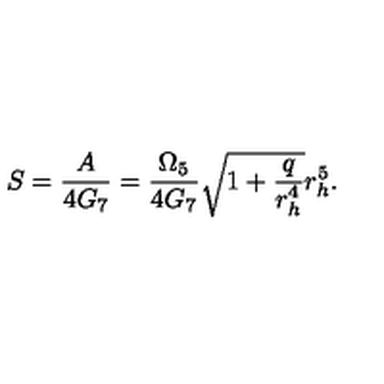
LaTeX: S = \frac { A } { 4 G _ { 7 } } = \frac { \Omega _ { 5 } } { 4 G _ { 7 } } \sqrt { 1 + \frac { q } { r _ { h } ^ { 4 } } } r _ { h } ^ { 5 } .